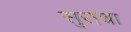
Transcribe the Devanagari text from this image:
सुराचा